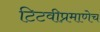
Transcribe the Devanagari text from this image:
टिटवीप्रमाणेच